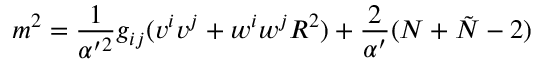
m ^ { 2 } = \frac { 1 } { \alpha ^ { \prime 2 } } g _ { i j } ( v ^ { i } v ^ { j } + w ^ { i } w ^ { j } R ^ { 2 } ) + \frac { 2 } { \alpha ^ { \prime } } ( N + \tilde { N } - 2 )